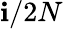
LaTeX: \mathbf{i}/2N